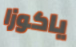
ياكوزا